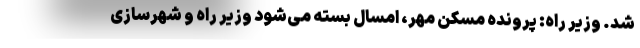
شد. وزیر راه: پرونده مسکن مهر، امسال بسته می‌شود وزیر راه و شهرسازی